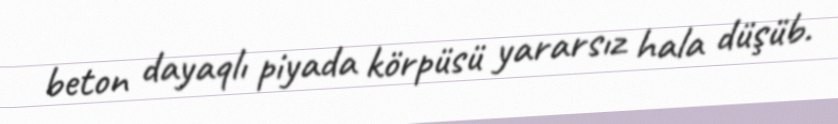
beton dayaqlı piyada körpüsü yararsız hala düşüb.